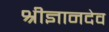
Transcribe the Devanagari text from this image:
श्रीज्ञानदेव